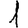
Digit: 1